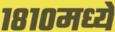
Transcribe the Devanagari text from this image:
१८१०मध्ये